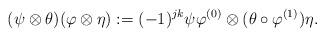
LaTeX: \begin{align*} (\psi \otimes \theta )(\varphi \otimes \eta):= (-1)^{j k} \psi \varphi^{(0)} \otimes (\theta \circ \varphi^{(1)}) \eta.\end{align*}